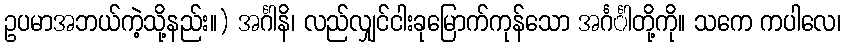
ဥပမာအဘယ်ကဲ့သို့နည်း။) အင်္ဂါနိ၊ လည်လျှင်ငါးခုမြောက်ကုန်သော အင်္ဂင်္ါတို့ကို။ သကေ ကပါလေ၊